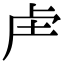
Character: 𮓗